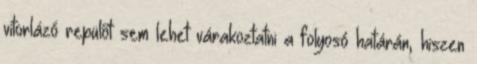
vitorlázó repülőt sem lehet várakoztatni a folyosó határán, hiszen